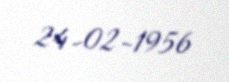
24-02-1956